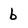
Character: b